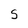
Character: S